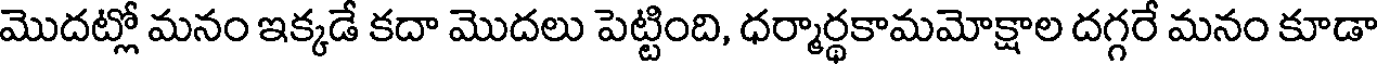
మొదట్లో మనం ఇక్కడే కదా మొదలు పెట్టింది, ధర్మార్థకామమోక్షాల దగ్గరే మనం కూడా